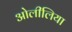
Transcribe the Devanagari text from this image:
ओलीलिया